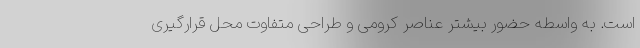
است. به واسطه حضور بیشتر عناصر کرومی و طراحی متفاوت محل قرارگیری